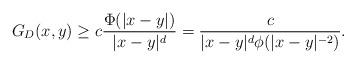
LaTeX: \begin{align*}G_D(x,y) \ge c \frac{\Phi(|x-y|)}{|x-y|^d}=\frac{c}{|x-y|^d\phi(|x-y|^{-2})}.\end{align*}